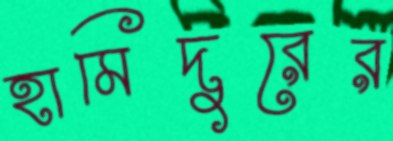
হামিদুরের